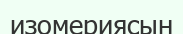
изомериясын